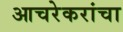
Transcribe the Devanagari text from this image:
आचरेकरांचा